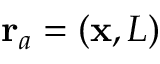
\mathbf { r } _ { a } = ( \mathbf { x } , L )